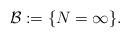
LaTeX: \begin{align*}\mathcal{B}:=\{N=\infty\}.\end{align*}